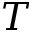
T